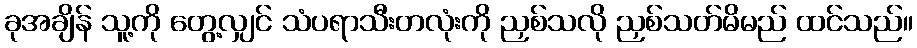
ခုအချိန် သူ့ကို တွေ့လျှင် သံပရာသီးတလုံးကို ညှစ်သလို ညှစ်သတ်မိမည် ထင်သည်။